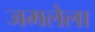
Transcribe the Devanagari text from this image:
जमलेला